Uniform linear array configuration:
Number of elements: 32
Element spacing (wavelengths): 0.5
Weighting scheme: blackman
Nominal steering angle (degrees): -15
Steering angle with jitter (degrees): -16.966
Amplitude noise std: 0.05
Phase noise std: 0.05

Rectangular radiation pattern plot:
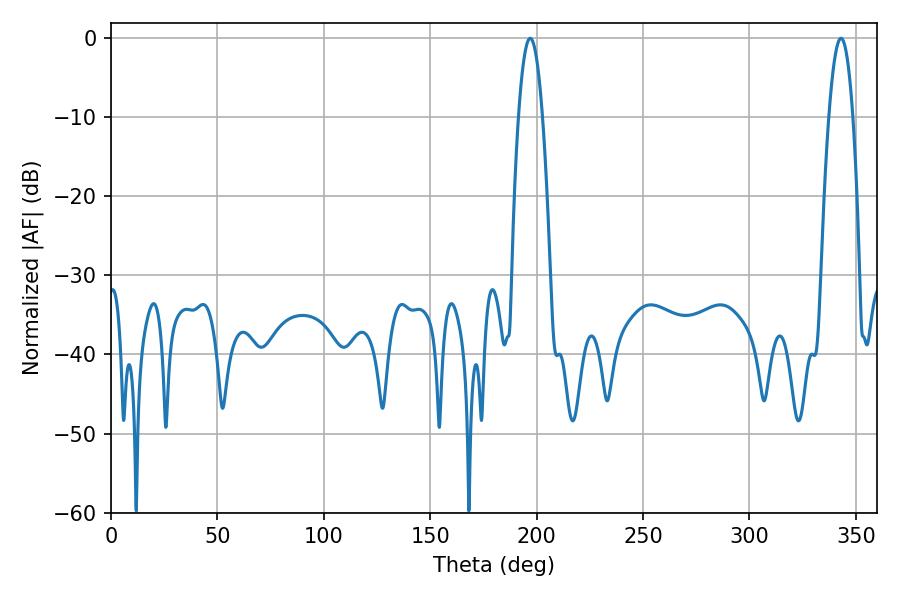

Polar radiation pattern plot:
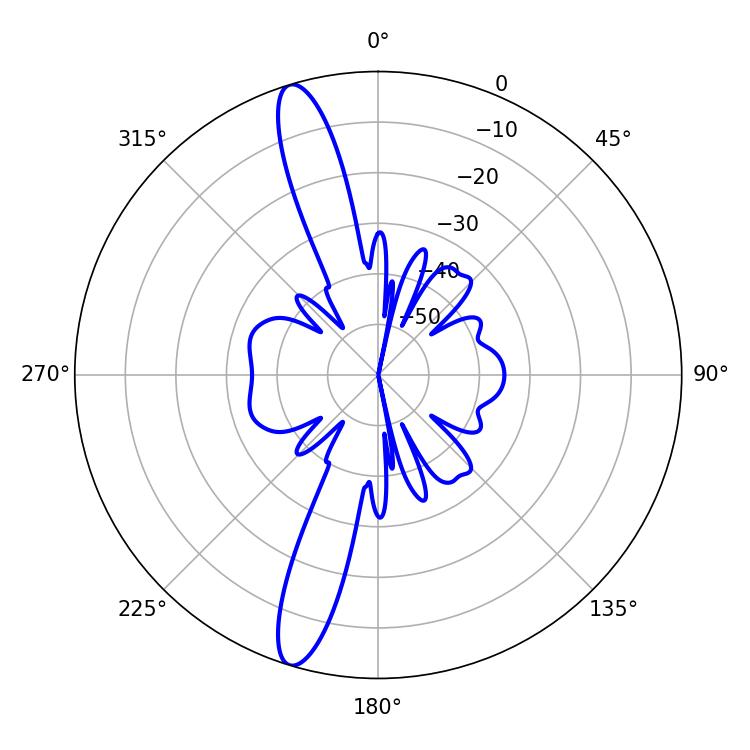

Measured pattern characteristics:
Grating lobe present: FALSE
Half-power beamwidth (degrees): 6.3
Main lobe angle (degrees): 196.92